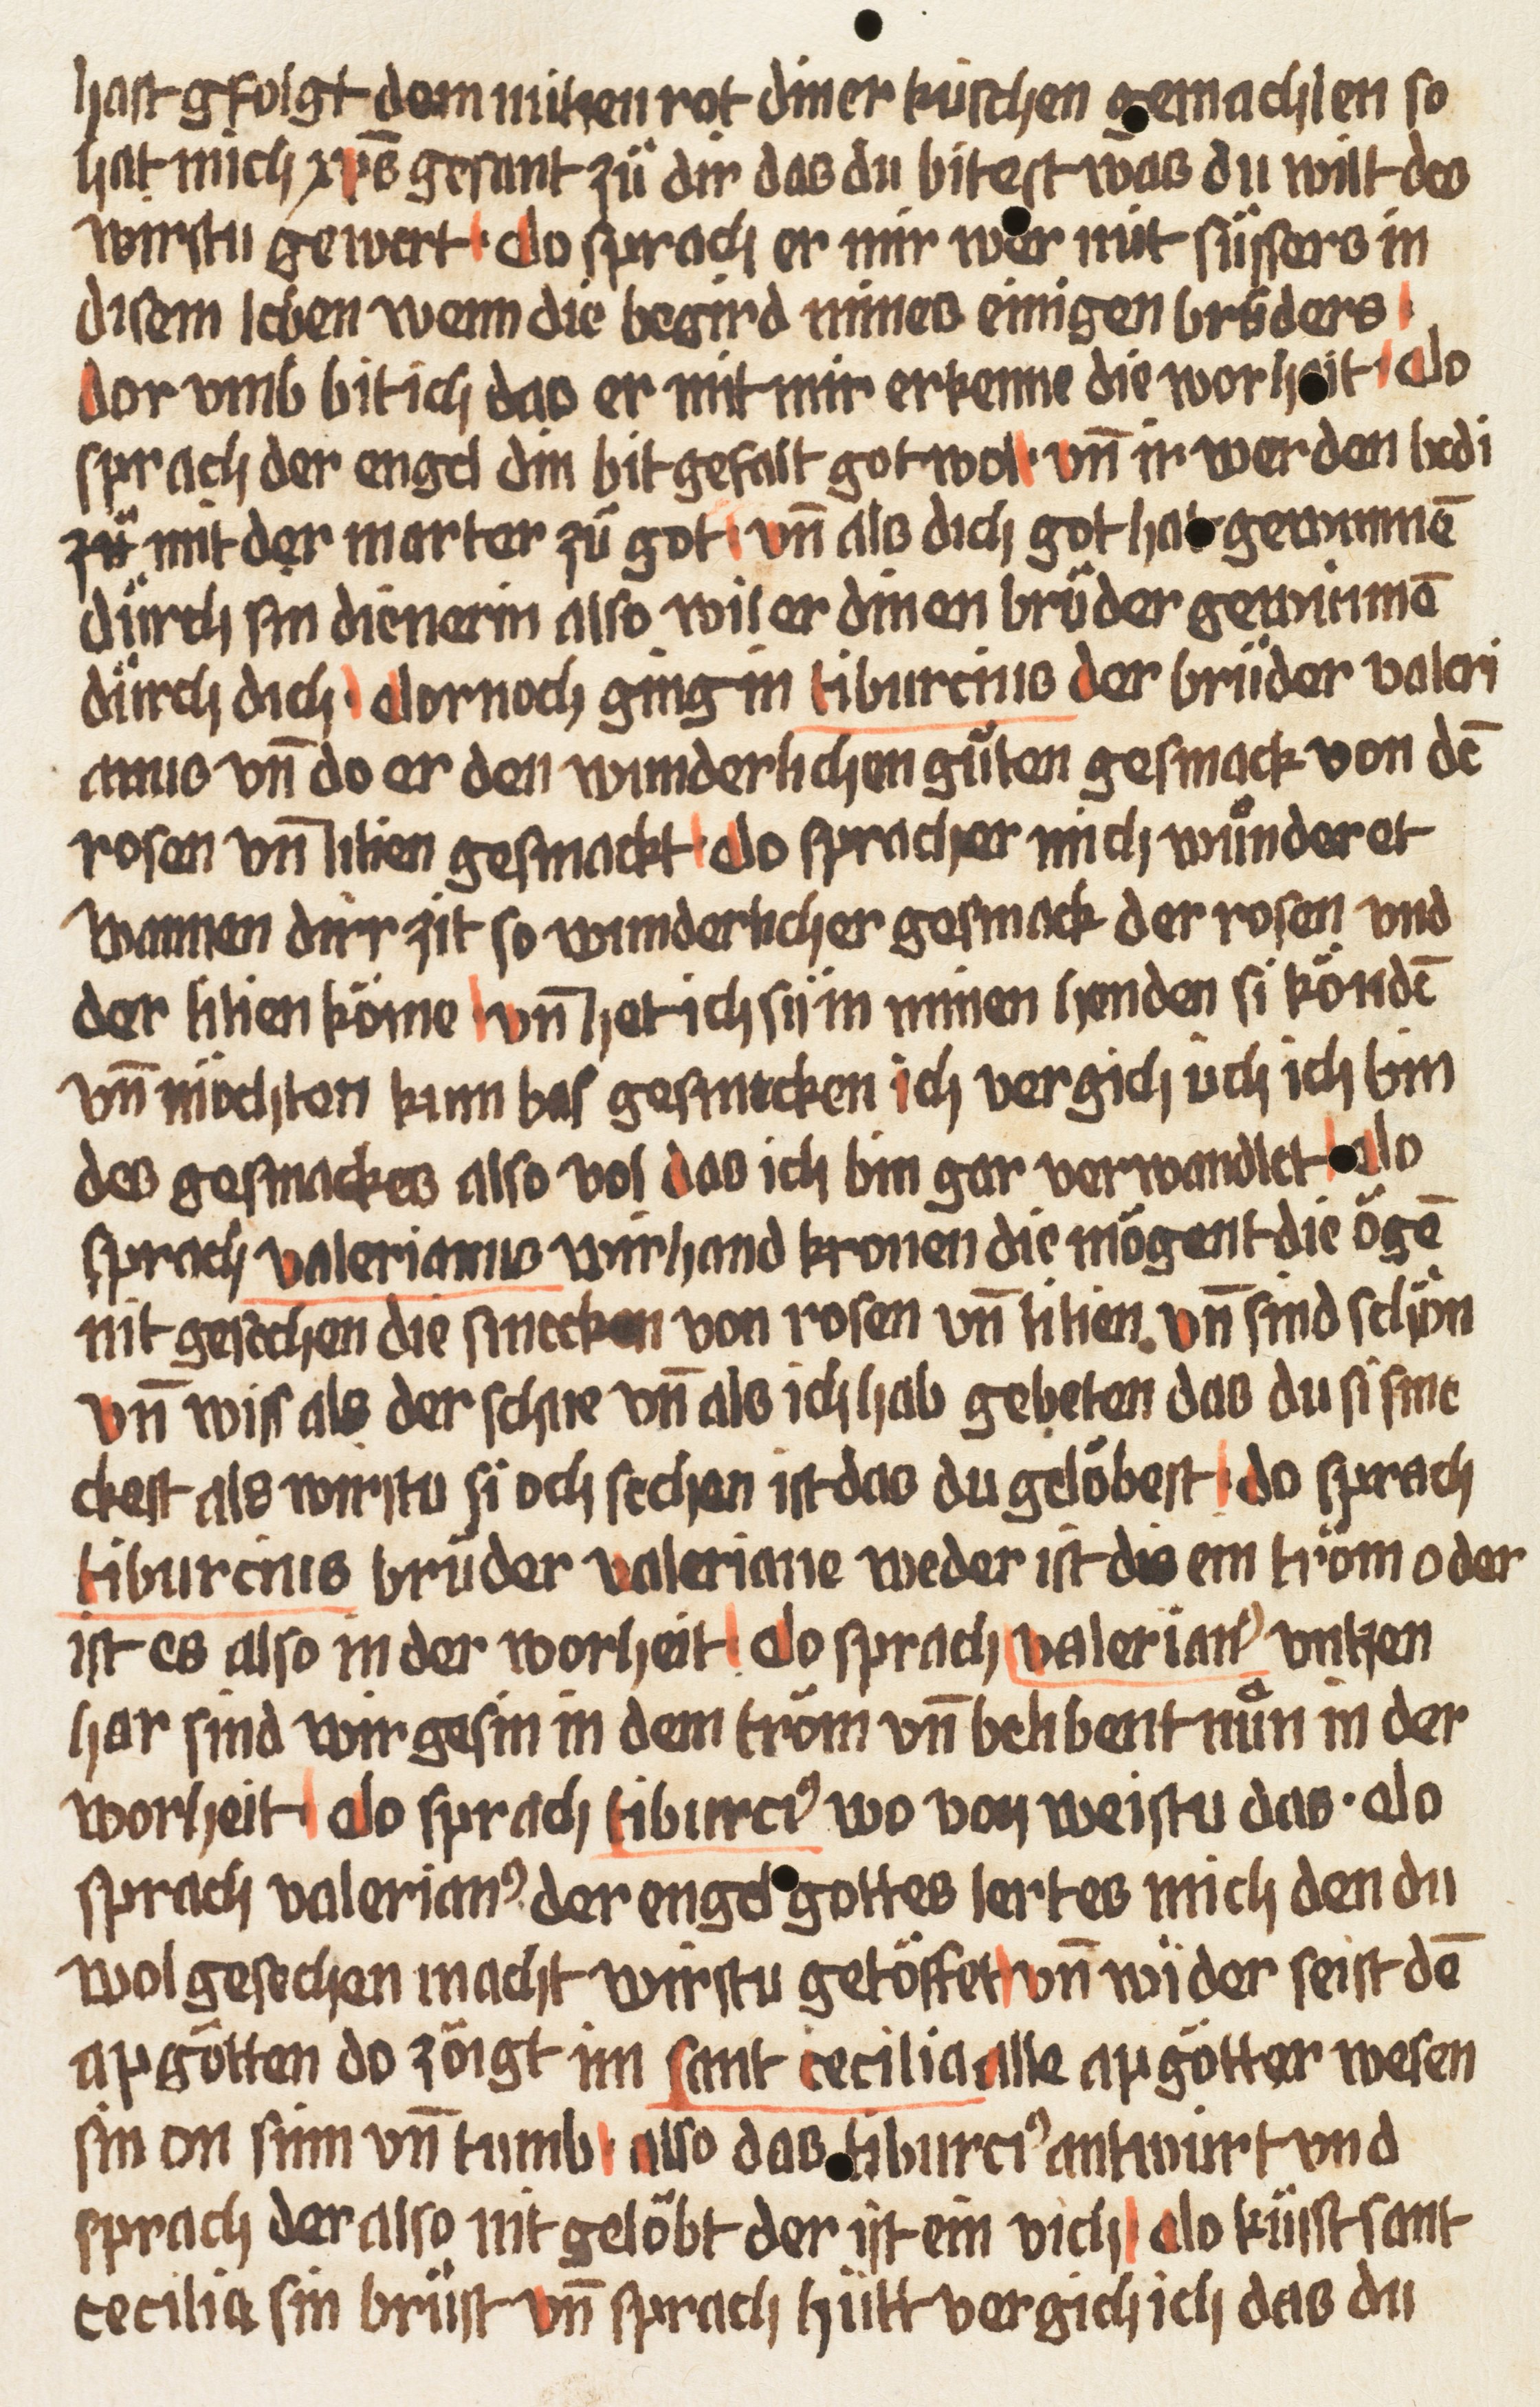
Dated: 1470–1480